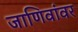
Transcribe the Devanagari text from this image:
जाणिवांवर